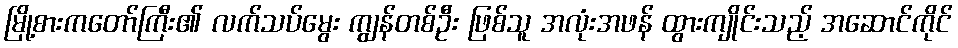
မြို့စားကတော်ကြီး၏ လက်သပ်မွေး ကျွန်တစ်ဦး ဖြစ်သူ အလုံးအဖန် ထွားကျိုင်းသည့် အဆောင်ကိုင်